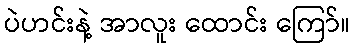
ပဲဟင်းနဲ့ အာလူး ထောင်း ကြော်။